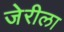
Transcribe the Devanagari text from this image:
जेरीला